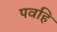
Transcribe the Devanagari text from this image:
पवहि